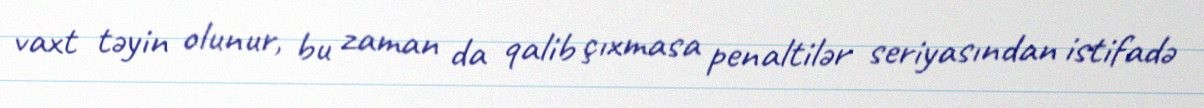
vaxt təyin olunur, bu zaman da qalib çıxmasa penaltilər seriyasından istifadə